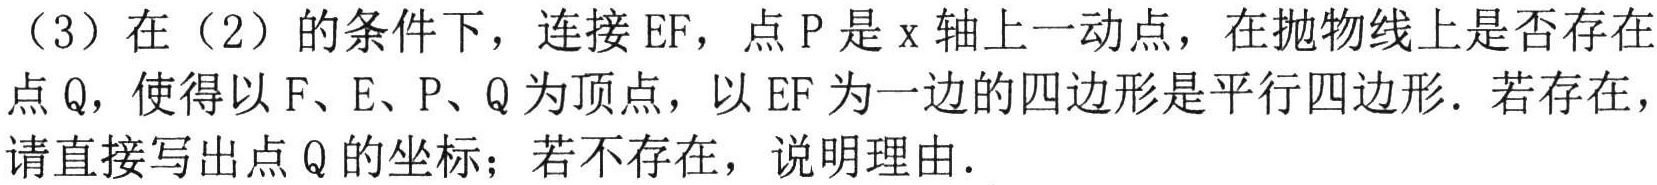
（3）在（2）的条件下，连接 \(EF\)，点 \(P\) 是 \(x\) 轴上一动点，在抛物线上是否存在点 \(Q\)，使得以 \(F、E、P、Q\) 为顶点，以 \(EF\) 为一边的四边形是平行四边形．若存在，请直接写出点 \(Q\) 的坐标；若不存在，说明理由．